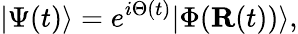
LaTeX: \vert\Psi(t)\rangle=e^{i\Theta(t)}\vert\Phi({\mathbf{R}}(t))\rangle,